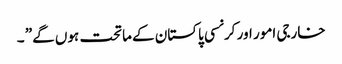
خارجی امور اور کرنسی پاکستان کے ماتحت ہوں گے” ۔